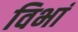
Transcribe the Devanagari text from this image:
विभां